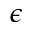
\epsilon